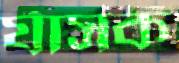
র‍্যাসক